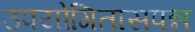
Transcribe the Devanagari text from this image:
उपयोगितासपन्न